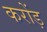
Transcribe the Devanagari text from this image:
करोंड़